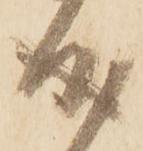
成